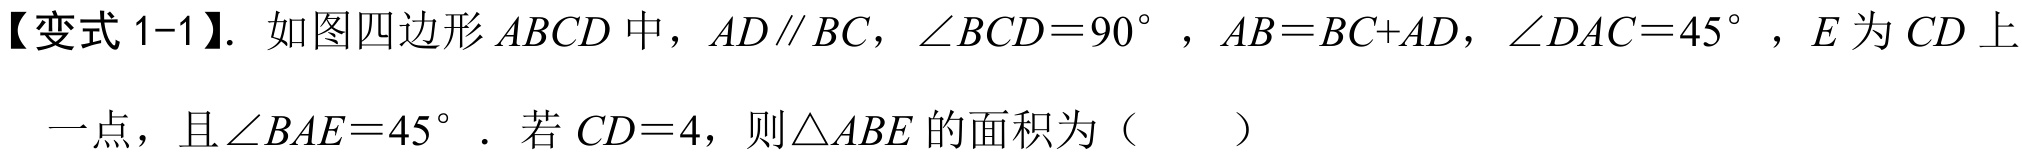
【变式 1-1】. 如图四边形\(ABCD\)中，\(AD\parallel BC\)，\(\angle BCD = 90^{\circ}\)，\(AB = BC + AD\)，\(\angle DAC = 45^{\circ}\)，\(E\)为\(CD\)上一点，且\(\angle BAE = 45^{\circ}\)．若\(CD = 4\)，则\(\triangle ABE\)的面积为（  ）